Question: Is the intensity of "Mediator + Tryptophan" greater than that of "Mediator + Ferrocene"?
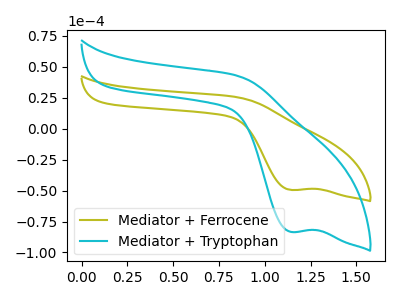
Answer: <think>The olive curve "Mediator + Ferrocene" has a cathodic peak at: (1.15V, -49.50uA). The cyan curve "Mediator + Tryptophan" has a cathodic peak at: (1.15V, -83.40uA).
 All the peaks in "Mediator + Tryptophan" have a peak in "Mediator + Ferrocene" at the same potential. Every peak in "Mediator + Tryptophan" is higher than every peak in "Mediator + Ferrocene".</think>
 <answer>"Mediator + Tryptophan" has more signal than "Mediator + Ferrocene".</answer>
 <eval>more_signal</eval>